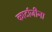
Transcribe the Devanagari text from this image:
कार्टाजीना